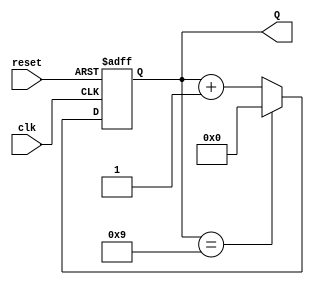
module bcd_counter (
    input wire clk,       // Clock input
    input wire reset,     // Asynchronous reset input
    output reg [3:0] Q    // 4-bit output representing the BCD count
);

// Always block triggered on the rising edge of the clock or when reset is high
always @(posedge clk or posedge reset) begin
    if (reset) begin
        Q <= 4'b0000; // Reset the counter to 0
    end else begin
        if (Q == 4'b1001) begin
            Q <= 4'b0000; // Reset to 0 after reaching 9
        end else begin
            Q <= Q + 1;   // Increment the counter
        end
    end
end

endmodule